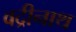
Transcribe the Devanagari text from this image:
वद्रीनाथ